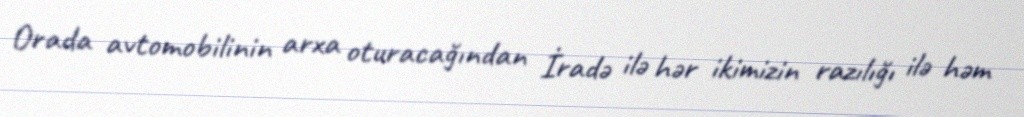
Orada avtomobilinin arxa oturacağından İradə ilə hər ikimizin razılığı ilə həm